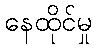
နေထိုင်မှု